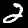
Label: 2